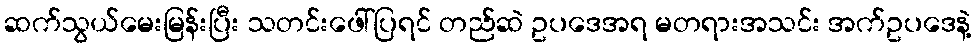
ဆက်သွယ်မေးမြန်းပြီး သတင်းဖေါ်ပြရင် တည်ဆဲ ဥပဒေအရ မတရားအသင်း အက်ဥပဒေနဲ့